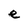
Character: e